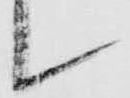
候